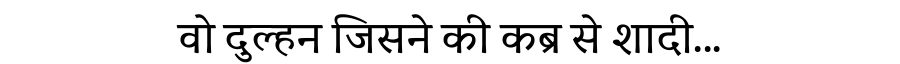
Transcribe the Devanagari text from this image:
वो दुल्हन जिसने की कब्र से शादी...